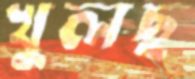
খুলছ